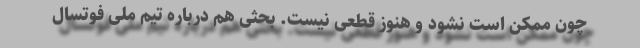
چون ممکن است نشود و هنوز قطعی نیست. بحثی هم درباره تیم ملی فوتسال